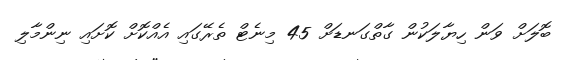
ބޮލަށް ވަން ހިޔާލަކުން ގާތްގަނޑަށް 45 މިނެޓް ތެރޭގައި އެއްކޮށް ކޮށައި ނިންމާލި